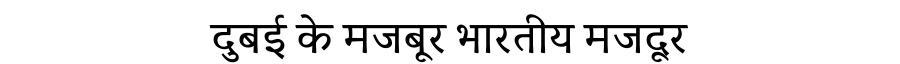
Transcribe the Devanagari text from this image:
दुबई के मजबूर भारतीय मजदूर